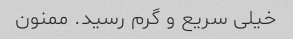
خیلی سریع و گرم رسید. ممنون